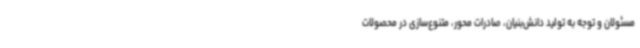
مسئولان و توجه به تولید دانش‌بنیان، صادرات محور، متنوع‌سازی در محصولات